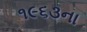
૧૯૬૩ના